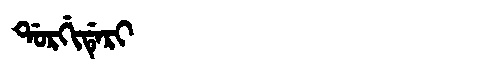
Manchu: ᡩᠣᡵᡤᡳᡩᡝᡵᡳ
Romanization: DORGIDERI